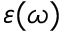
\varepsilon ( \omega )